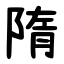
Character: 隋